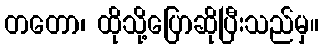
တတော၊ ထိုသို့ပြောဆိုပြီးသည်မှ။